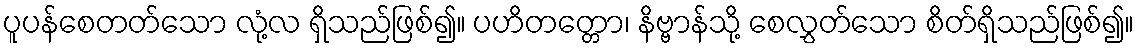
ပူပန်စေတတ်သော လုံ့လ ရှိသည်ဖြစ်၍။ ပဟိတတ္တော၊ နိဗ္ဗာန်သို့ စေလွှတ်သော စိတ်ရှိသည်ဖြစ်၍။